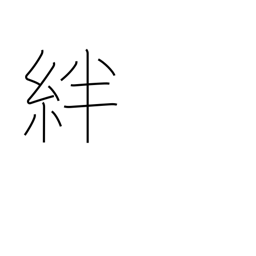
Meaning: fetters